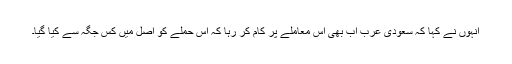
انہوں نے کہا کہ سعودی عرب اب بھی اس معاملے پر کام کر رہا کہ اس حملے کو اصل میں کس جگہ سے کیا گیا۔